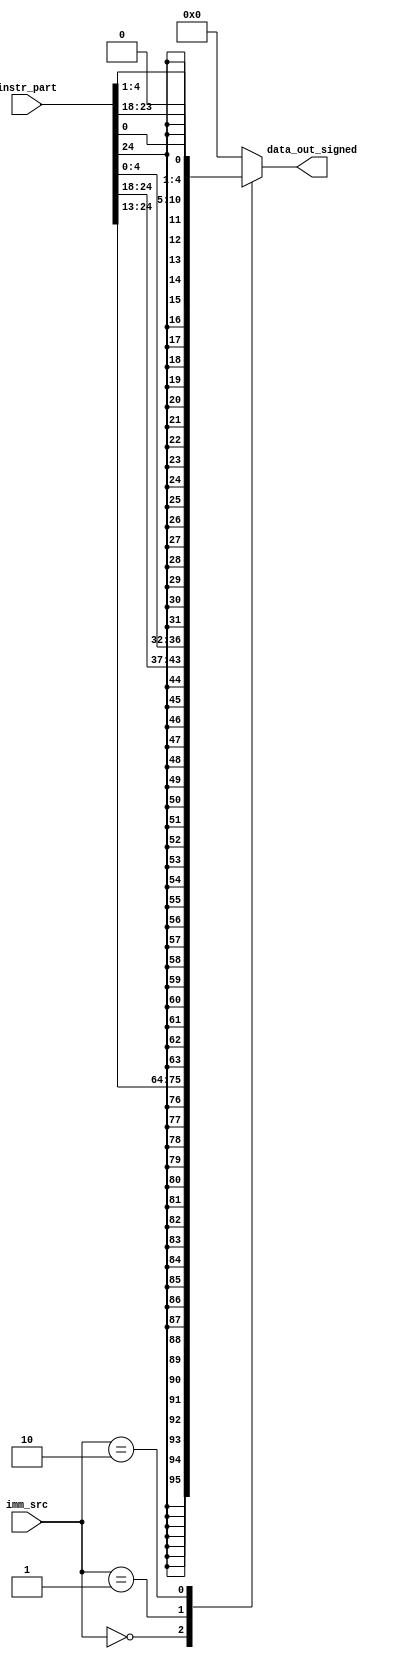
`timescale 1ns / 1ps
//////////////////////////////////////////////////////////////////////////////////
// Company: 
// Engineer: 
// 
// Design Name: 
// Module Name: sign_extend
// Project Name: 
// Target Devices: 
// Tool Versions: 
// Description: 
// 
// Dependencies: 
// 
// Revision:
// Revision 0.01 - File Created
// Additional Comments:
// 
//////////////////////////////////////////////////////////////////////////////////


module sign_extend(
    input [31:7] instr_part,                        // Input instruction part with most significant bits unused
    input [1:0] imm_src,                            // Selects the type of immediate value to be generated
    output reg [31:0] data_out_signed               // Output signed data with the specified immediate value
    );

    localparam [1:0] i_type = 2'b00,                // Immediate type
                     s_type = 2'b01,                // Store type
                     b_type = 2'b10;                // Branch type

    always @(*) begin                                // Executes whenever the inputs change
        data_out_signed = 0;                        // Initialize the output to zero
        case (imm_src) 
            i_type: data_out_signed = {{20{instr_part[31]}}, instr_part[31:20]};    // Generate an immediate for i-type instructions
            s_type: data_out_signed = {{20{instr_part[31]}}, instr_part[31:25], instr_part[11:7]};    // Generate an immediate for s-type instructions
            b_type: data_out_signed = {{20{instr_part[31]}}, instr_part[7], instr_part[30:25], instr_part[11:8], 1'b0};    // Generate an immediate for b-type instructions
        endcase
    end
endmodule